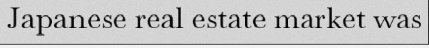
Japanese real estate market was